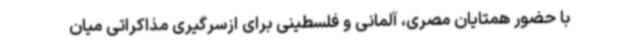
با حضور همتایان مصری، آلمانی و فلسطینی برای ازسرگیری مذاکراتی میان